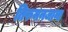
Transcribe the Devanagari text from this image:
तिरुमनजाना